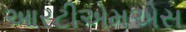
આરટીએમએસ